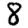
Digit: 8